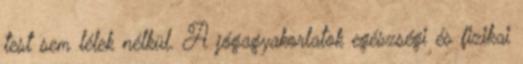
test sem lélek nélkül. A jógagyakorlatok egészségi és fizikai